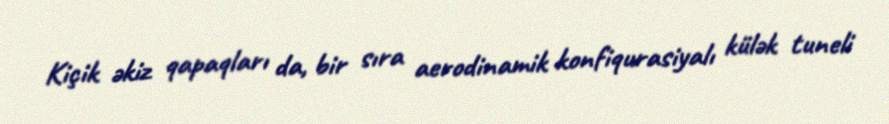
Kiçik əkiz qapaqları da, bir sıra aerodinamik konfiqurasiyalı külək tuneli